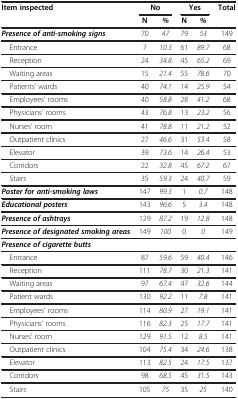
<table><thead><tr><td><b>Item inspected</b></td><td colspan="2"><b>No</b></td><td colspan="2"><b>Yes</b></td><td><b>Total</b></td></tr><tr><td><b> </b></td><td><b>N</b></td><td><b><i>%</i></b></td><td><b>N</b></td><td><b><i>%</i></b></td><td><b> </b></td></tr></thead><tbody><tr><td><b><i>Presence of anti-smoking signs</i></b></td><td>70</td><td><i>47</i></td><td>79</td><td><i>53</i></td><td>149</td></tr><tr><td> Entrance</td><td>7</td><td><i>10.3</i></td><td>61</td><td><i>89.7</i></td><td>68</td></tr><tr><td> Reception</td><td>24</td><td><i>34.8</i></td><td>45</td><td><i>65.2</i></td><td>69</td></tr><tr><td> Waiting areas</td><td>15</td><td><i>21.4</i></td><td>55</td><td><i>78.6</i></td><td>70</td></tr><tr><td> Patients’ wards</td><td>40</td><td><i>74.1</i></td><td>14</td><td><i>25.9</i></td><td>54</td></tr><tr><td> Employees&#x27; rooms</td><td>40</td><td><i>58.8</i></td><td>28</td><td><i>41.2</i></td><td>68</td></tr><tr><td> Physicians&#x27; rooms</td><td>43</td><td><i>76.8</i></td><td>13</td><td><i>23.2</i></td><td>56</td></tr><tr><td> Nurses&#x27; room</td><td>41</td><td><i>78.8</i></td><td>11</td><td><i>21.2</i></td><td>52</td></tr><tr><td> Outpatient clinics</td><td>27</td><td><i>46.6</i></td><td>31</td><td><i>53.4</i></td><td>58</td></tr><tr><td> Elevator</td><td>39</td><td><i>73.6</i></td><td>14</td><td><i>26.4</i></td><td>53</td></tr><tr><td> Corridors</td><td>22</td><td><i>32.8</i></td><td>45</td><td><i>67.2</i></td><td>67</td></tr><tr><td> Stairs</td><td>35</td><td><i>59.3</i></td><td>24</td><td><i>40.7</i></td><td>59</td></tr><tr><td><b><i>Poster for anti-smoking laws</i></b></td><td>147</td><td><i>99.3</i></td><td>1</td><td><i>0.7</i></td><td>148</td></tr><tr><td><b><i>Educational posters</i></b></td><td>143</td><td><i>96.6</i></td><td>5</td><td><i>3.4</i></td><td>148</td></tr><tr><td><b><i>Presence of ashtrays</i></b></td><td>129</td><td><i>87.2</i></td><td>19</td><td><i>12.8</i></td><td>148</td></tr><tr><td><b><i>Presence of designated smoking </i></b><b><i>areas</i></b></td><td>149</td><td><i>100</i></td><td>0</td><td><i>0</i></td><td>149</td></tr><tr><td><b><i>Presence of cigarette butts</i></b></td><td> </td><td> </td><td> </td><td> </td><td> </td></tr><tr><td> Entrance</td><td>87</td><td><i>59.6</i></td><td>59</td><td><i>40.4</i></td><td>146</td></tr><tr><td> Reception</td><td>111</td><td><i>78.7</i></td><td>30</td><td><i>21.3</i></td><td>141</td></tr><tr><td> Waiting areas</td><td>97</td><td><i>67.4</i></td><td>47</td><td><i>32.6</i></td><td>144</td></tr><tr><td> Patient wards</td><td>130</td><td><i>92.2</i></td><td>11</td><td><i>7.8</i></td><td>141</td></tr><tr><td> Employees&#x27; rooms</td><td>114</td><td><i>80.9</i></td><td>27</td><td><i>19.1</i></td><td>141</td></tr><tr><td> Physicians&#x27; rooms</td><td>116</td><td><i>82.3</i></td><td>25</td><td><i>17.7</i></td><td>141</td></tr><tr><td> Nurses&#x27; room</td><td>129</td><td><i>91.5</i></td><td>12</td><td><i>8.5</i></td><td>141</td></tr><tr><td> Outpatient clinics</td><td>104</td><td><i>75.4</i></td><td>34</td><td><i>24.6</i></td><td>138</td></tr><tr><td> Elevator</td><td>113</td><td><i>82.5</i></td><td>24</td><td><i>17.5</i></td><td>137</td></tr><tr><td> Corridors</td><td>98</td><td><i>68.5</i></td><td>45</td><td><i>31.5</i></td><td>143</td></tr><tr><td> Stairs</td><td>105</td><td><i>75</i></td><td>35</td><td><i>25</i></td><td>140</td></tr></tbody></table>